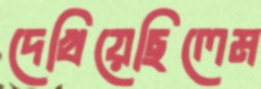
দেখিয়েছিলেম